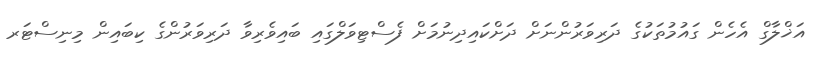
އަޚްލާގް އެހެން ގައުމުތަކުގެ ދަރިވަރުންނަށް ދަށްކައިދިނުމަށް ފެސްޓިވަލްގައި ބައިވެރިވާ ދަރިވަރުންގެ ކިބައިން މިނިސްޓަރ